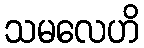
သမလေဟိ